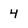
Character: 4